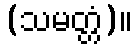
(သမတ္တံ)။